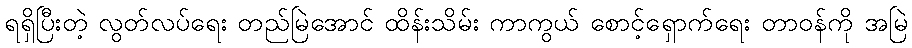
ရရှိပြီးတဲ့ လွတ်လပ်ရေး တည်မြဲအောင် ထိန်းသိမ်း ကာကွယ် စောင့်ရှောက်ရေး တာဝန်ကို အမြဲ